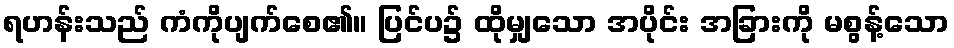
ရဟန်းသည် ကံကိုပျက်စေ၏။ ပြင်ပ၌ ထိုမျှသော အပိုင်း အခြားကို မစွန့်သော